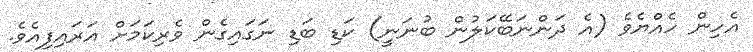
އެހިން ހެއްޔެވެ (އެ ދަންނަބޭކަލުން ބުނަނީ) ކަޑި ބަޑި ނަގައިގެން ވެރިކަމަށް އަރައިފިއެވެ.